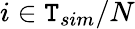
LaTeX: i\in\mathtt{T}_{sim}/N